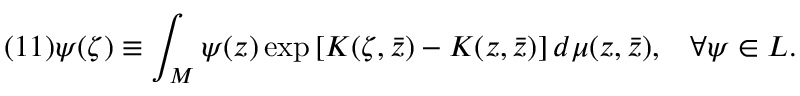
( 1 1 ) \psi ( \zeta ) \equiv \int _ { \cal M } \psi ( z ) \exp \left[ K ( \zeta , \bar { z } ) - K ( z , \bar { z } ) \right] d \mu ( z , \bar { z } ) , \; \; \; \forall \psi \in { \cal L } .